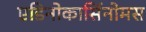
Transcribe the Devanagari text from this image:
एडिनोकार्सिनोमस